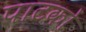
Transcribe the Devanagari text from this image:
पाटकों